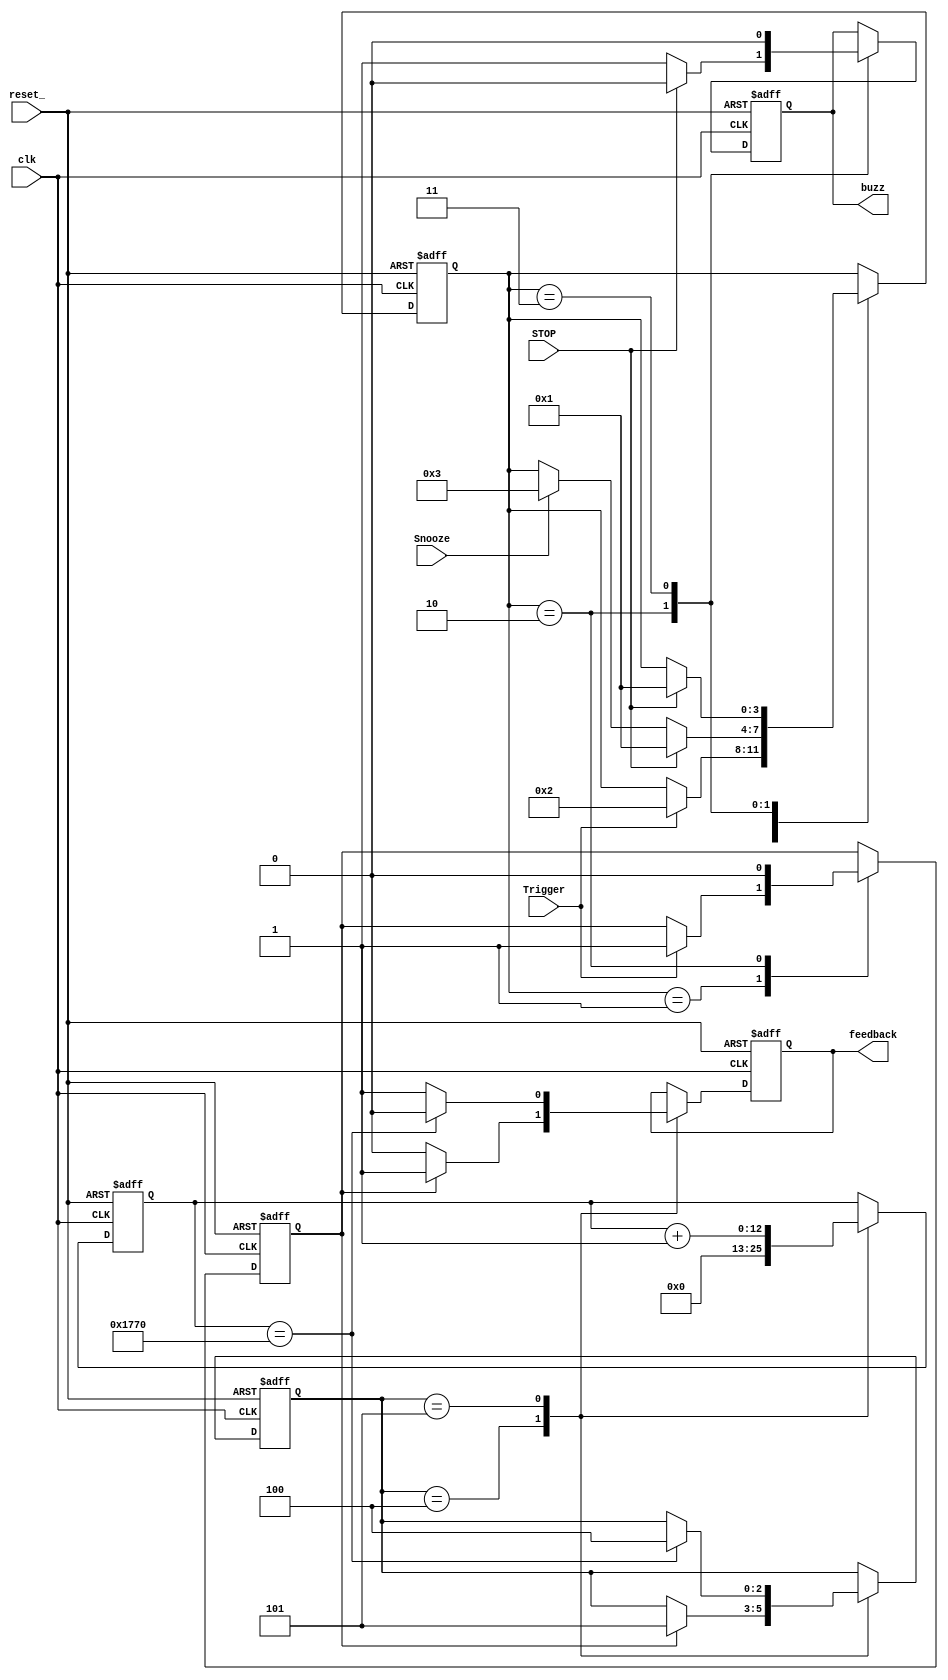
`define Idle 1
`define Suna 2
`define Taci 3
`define Numara 5
`define Asteapta 4


module AlarmaBuzzer(clk,reset_,STOP,Snooze,Trigger,buzz,feedback);

input clk;
input reset_;
input STOP;
input Snooze;
input Trigger;

output buzz;
output feedback;

reg [3:0] nrTaci_ff, nrTaci_next,state_ff, state_next;
reg buzz_ff, buzz_next, feed_ff, feed_next, triggNr_ff, triggNr_next;
reg [12:0] nrFeed_ff, nrFeed_next;  // 12
reg [2:0] stare_next, stare_ff;

assign feedback = feed_ff;
assign buzz = buzz_ff;


always @(*)
	begin
	stare_next = stare_ff;
	nrFeed_next = nrFeed_ff;
	feed_next = feed_ff;
		
		case(stare_ff)
		
	`Asteapta:
		begin
		nrFeed_next= 12'b0;
		feed_next = 1'b0;
		 if(triggNr_ff==1'b1)
			begin
				stare_next = `Numara;
				feed_next=1'b1;
			end
		end
	`Numara:
		begin
			feed_next = 1'b1;
			nrFeed_next = nrFeed_ff + 1'b1;
			if(nrFeed_ff == 13'b1011101110000) // numara 1 minut, atat sunt digitii egali 13'b1011101110000
				begin
					stare_next = `Asteapta;
					feed_next = 1'b0;
				end
		end

	endcase			
end

// proces combinational
always@(*)
	begin
		state_next = state_ff;
		nrTaci_next = nrTaci_ff;
		buzz_next = buzz_ff;
		
		
		triggNr_next = triggNr_ff;
	

case(state_ff)
		`Idle:
			begin
			nrTaci_next = 4'b0;
				if(Trigger)
					begin
						state_next = `Suna;
						triggNr_next = 1'b1;
					end
			end
		`Suna:
			begin
				triggNr_next = 1'b0;
				nrTaci_next = 4'b0;
				buzz_next = 1'b1;
					if(Snooze)
						begin
							state_next = `Taci;
						end
					if(STOP)
						begin
							buzz_next = 1'b0;
							state_next = `Idle;
						end	
			end
		`Taci:
			begin
				nrTaci_next = nrTaci_ff + 1'b1;
				buzz_next = 1'b0;
				if(nrTaci_ff == 14'b10011100010000) // 14'b10011100010000 10 secunde
					begin
						state_next=`Suna;
					end
				if(STOP == 1'b1)
					begin
						state_next = `Idle;
					end
			end
	
	
	
	endcase

end





// -------- proces de CLK ----------
always @(posedge clk or negedge reset_)
	begin
		if(~reset_)
			begin
			stare_ff <= `Asteapta;
			state_ff <= `Idle;
			nrTaci_ff <= 0;
			buzz_ff <= 0;
			feed_ff <=0;
			nrFeed_ff <= 0;
			triggNr_ff <= 0;
			end
		else
			begin
			stare_ff <= stare_next;
			state_ff <= state_next;
			nrTaci_ff <= nrTaci_next;
			buzz_ff <= buzz_next;
			feed_ff <= feed_next;
			nrFeed_ff <= nrFeed_next;
			triggNr_ff <= triggNr_next;
			
			end
	
	end
	
endmodule